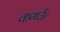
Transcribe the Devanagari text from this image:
कभऊँ